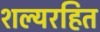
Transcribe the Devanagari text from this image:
शल्यरहित